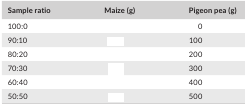
<table><thead><tr><td><b>Sample ratio</b></td><td><b>Maize (g)</b></td><td><b>Pigeon pea (g)</b></td></tr></thead><tbody><tr><td>100:0</td><td>[EMPTY_CELL]</td><td>0</td></tr><tr><td>90:10</td><td>[EMPTY_CELL]</td><td>100</td></tr><tr><td>80:20</td><td>[EMPTY_CELL]</td><td>200</td></tr><tr><td>70:30</td><td>[EMPTY_CELL]</td><td>300</td></tr><tr><td>60:40</td><td>[EMPTY_CELL]</td><td>400</td></tr><tr><td>50:50</td><td>[EMPTY_CELL]</td><td>500</td></tr></tbody></table>